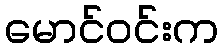
မောင်ဝင်းက